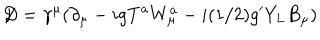
LaTeX: \not { \! \! D } = \gamma ^ { \mu } ( \partial _ { \mu } - i g T ^ { a } W _ { \mu } ^ { a } - i ( 1 / 2 ) g ^ { \prime } Y _ { L } B _ { \mu } )